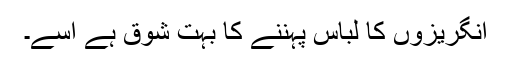
انگریزوں کا لباس پہننے کا بہت شوق ہے اسے۔